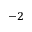
^ { - 2 }